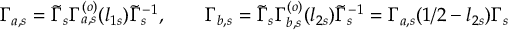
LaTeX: \Gamma _ { a , s } = \tilde { \Gamma } _ { s } \Gamma _ { a , s } ^ { ( o ) } ( l _ { 1 s } ) \tilde { \Gamma } _ { s } ^ { - 1 } , \qquad \Gamma _ { b , s } = \tilde { \Gamma } _ { s } \Gamma _ { b , s } ^ { ( o ) } ( l _ { 2 s } ) \tilde { \Gamma } _ { s } ^ { - 1 } = \Gamma _ { a , s } ( { 1 / 2 } - l _ { 2 s } ) \Gamma _ { s } \qquad